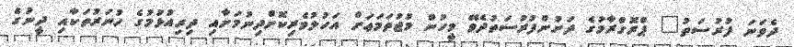
ދެވަނަ ފުރުސަތު" ޕްރޮގްރާމުގެ ދަށުންފުރުސަތުދެވޭ މީހުން މުޖުތަމަޢަށް އަހުލުވެރިކޮށްދިނުމަށާއި ދިރިއުޅުމުގެ ހުނަރުތަކާއި ދީނުގެ